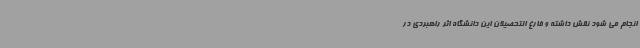
انجام می شود نقش داشته و فارغ التحصیلان این دانشگاه اثر راهبردی در